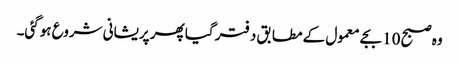
وہ صبح 10 بجے معمول کے مطابق دفتر گیا پھر پریشانی شروع ہوگئی۔